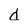
Character: d